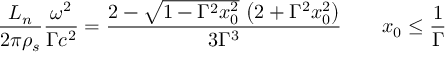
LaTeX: \frac { L _ { n } } { 2 \pi \rho _ { s } } \frac { \omega ^ { 2 } } { \Gamma c ^ { 2 } } = \frac { 2 - \sqrt { 1 - \Gamma ^ { 2 } x _ { 0 } ^ { 2 } } \, \left( 2 + \Gamma ^ { 2 } x _ { 0 } ^ { 2 } \right) } { 3 \Gamma ^ { 3 } } \qquad x _ { 0 } \leq \frac 1 \Gamma